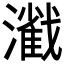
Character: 𤁢